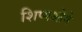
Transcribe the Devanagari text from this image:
शिष्यओमे